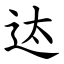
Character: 迏